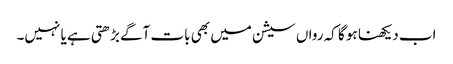
اب دیکھنا ہو گا کہ رواں سیشن میں بھی بات آگے بڑھتی ہے یا نہیں۔